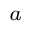
\footnote { C h a n n e l a g i n g i s C S I i n a c c u r a c y d u e t o t i m e v a r i a t i o n o f w i r e l e s s c h a n n e l s a n d d e l a y s i n t h e c o m p u t a t i o n ~ . I n t h i s w o r k , w e a c t i v e l y i n t r o d u c e C S I i n a c c u r a c y b y u s i n g a n I - I R S . T o d i f f e r e n t i a t e , w e c a l l i t a c t i v e c h a n n e l a g i n g . }